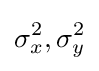
\sigma _{x}^{2},\sigma _{y}^{2}